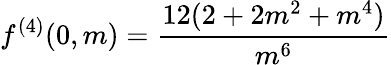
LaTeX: f^{(4)}(0,m)=\frac{12(2+2m^{2}+m^{4})}{m^{6}}